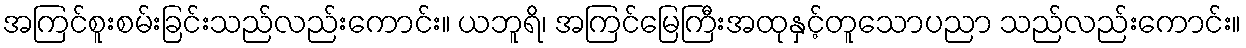
အကြင်စူးစမ်းခြင်းသည်လည်းကောင်း။ ယဘူရိ၊ အကြင်မြေကြီးအထုနှင့်တူသောပညာ သည်လည်းကောင်း။